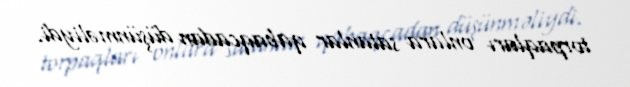
torpaqları onlara satanlar qabaqcadan düşünməliydi.